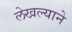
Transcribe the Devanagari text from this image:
लेखल्याने